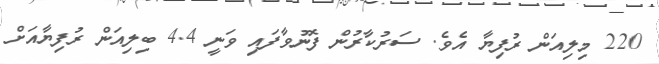
220 މިލިއަން ރުފިޔާ އެވެ. ސަރުކާރުން ފޮނުވާފައި ވަނީ 4.4 ބިލިއަން ރުފިޔާއަށް